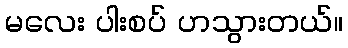
မလေး ပါးစပ် ဟသွားတယ်။